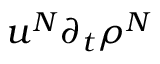
u ^ { N } \partial _ { t } \rho ^ { N }